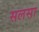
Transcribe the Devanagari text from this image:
सलसा